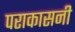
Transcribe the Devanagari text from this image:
पराकासनी